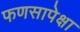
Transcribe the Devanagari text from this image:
फणसापेक्षा